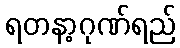
ရတနာ့ဂုဏ်ရည်